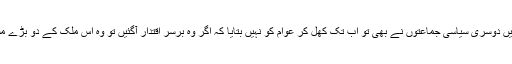
ابھی تک عوام اندھیرے میں ہی ہیں لیکن یہ گلا ہم صرف پی پی پی سے ہی کیوں کریں دوسری سیاسی جماعتوں نے بھی تو اب تک کھل کر عوام کو نہیں بتایا کہ اگر وہ برسر اقتدار آگئیں تو وہ اس ملک کے دو بڑے مسائل یعنی اس کی معیشت کی زبوں حالی اور کرپشن سے کیسے نبرد آزما ہوں گی ؟